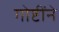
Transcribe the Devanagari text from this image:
गोष्टींने